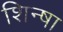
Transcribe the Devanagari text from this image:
शिन्षा